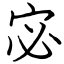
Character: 宓